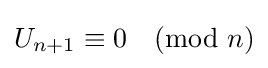
U_{n+1}\equiv 0{\pmod {n}}